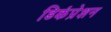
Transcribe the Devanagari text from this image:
डिकंप्रेशन